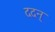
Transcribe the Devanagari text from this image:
ददन्